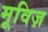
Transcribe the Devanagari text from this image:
मूविज़